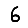
Digit: 6